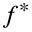
f ^ { * }